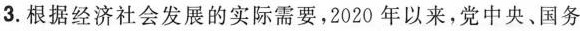
3.根据经济社会发展的实际需要，2020年以来，党中央、国务